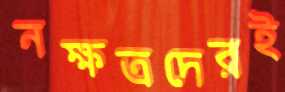
নক্ষত্রদেরই